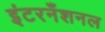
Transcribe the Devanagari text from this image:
इंटरनँशनल